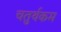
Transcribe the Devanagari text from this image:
चतुर्थकम